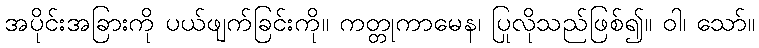
အပိုင်းအခြားကို ပယ်ဖျက်ခြင်းကို။ ကတ္တုကာမေန၊ ပြုလိုသည်ဖြစ်၍။ ဝါ၊ သော်။